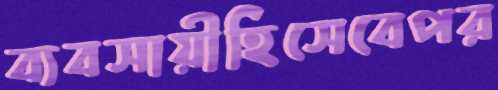
ব্যবসায়ীহিসেবেপর